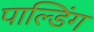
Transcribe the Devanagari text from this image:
पाल्डिंग